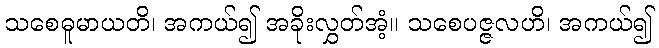
သစေဓူမာယတိ၊ အကယ်၍ အခိုးလွှတ်အံ့။ သစေပဇ္ဇလဟိ၊ အကယ်၍